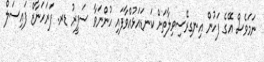
ނަމަވެސް އޭގެ ފަހުން އިނގިރޭސިވިލާތަށް ކަނޑައަޅުއްވާފައި ހުންނަވާ ސަފީރު ޑރ. ފަރަހަނާޒް ފައިސަލް